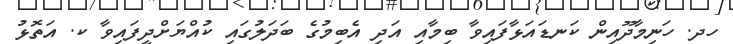
ހދ. ހަނިމާދޫއިން ކަނޑައަޅާފައިވާ ބިމާއި އަދި އެބިމުގެ ބަދަލުގައި ކުއްޔަށްދީފައިވާ ކ. އަތޮޅު